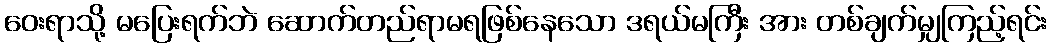
ဝေးရာသို့ မပြေးရက်ဘဲ ဆောက်တည်ရာမရဖြစ်နေသော ဒရယ်မကြီး အား တစ်ချက်မျှကြည့်ရင်း